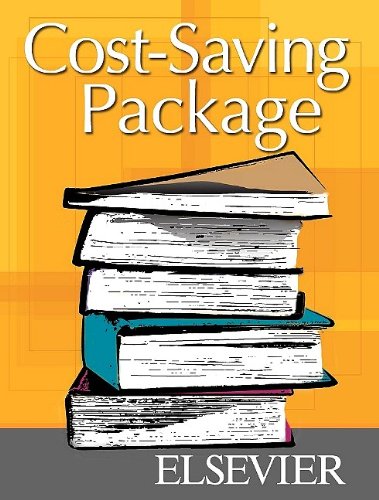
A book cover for Practice Management for the Dental Team - Text and Workbook Package, 7e; Betty Ladley Finkbeiner CDA Emeritus  RDA  BS  MS; Medical Books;